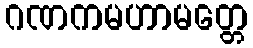
ဂဏကမဟာမတ္တေ